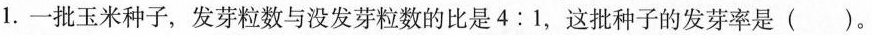
1.一批玉米种子，发芽粒数与没发芽粒数的比是4:1，这批种子的发芽率是（ ）。